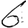
Digit: 6